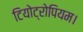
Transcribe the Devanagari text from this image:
टियोट्रोपियम।